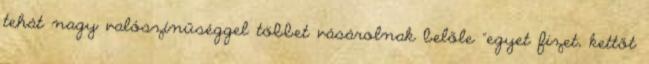
tehát nagy valószínűséggel többet vásárolnak belőle "egyet fizet, kettőt